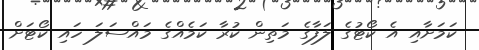
ކަމަށާއި އެ ކޯޓުގެ ލަފާގެ މަތިން ކުރާ ކަމެއްގެ މައްސަލަ ހައި ކޯޓަށް